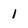
Character: 1